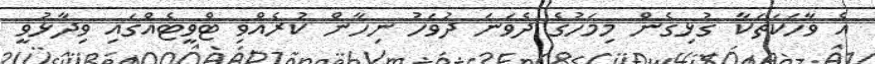
އެ ވާހަކަތަކާ ގުޅިގެން މިމަހުގެ ދެވަނަ ދުވަހު ނިހާން ކުރެއްވި ޓްވީޓެއްގައި ވިދާޅުވީ